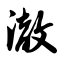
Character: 澈